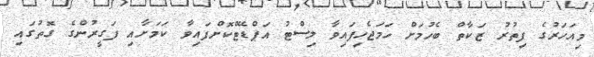
މިއަހަރުގެ ފިތުރު ޒަކާތް ބެހުމަށް ހަމަޖެހިފައިވާ ލިސްޓު އަޕްޑޭޓްކޮށްފައިވާ ކަމަށާއި ފަގީރުންގެ ގޮތުގައި